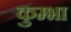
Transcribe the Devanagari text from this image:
कुम्‍भा